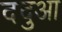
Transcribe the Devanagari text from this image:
ददुआ